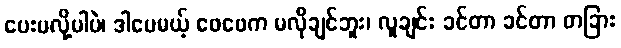
ပေးမလို့ပါပဲ၊ ဒါပေမယ့် ဖေဖေက မလိုချင်ဘူး၊ လူချင်း ခင်တာ ခင်တာ တခြား